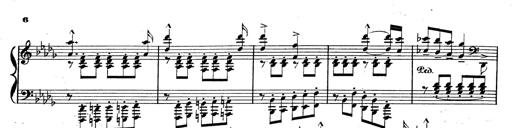
Title: BÃ©nÃ©diction et serment
Composer: Franz Liszt